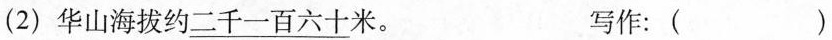
(2) 华山海拔约\underline{二千一百六十}米。 写作：()